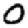
Digit: 0